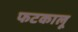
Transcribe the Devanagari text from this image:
फटकालू